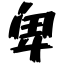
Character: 卑